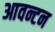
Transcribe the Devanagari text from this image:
आवन्टन